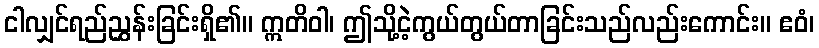
ငါလျှင်ရည်ညွှန်းခြင်းရှိ၏။ ဣတိဝါ၊ ဤသို့ငဲ့ကွယ်တွယ်တာခြင်းသည်လည်းကောင်း။ ဧဝံ၊